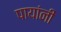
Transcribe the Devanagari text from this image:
पायांनीं